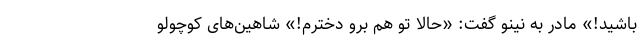
باشید!» مادر به نینو گفت: «حالا تو هم برو دخترم!» شاهین‌های کوچولو